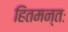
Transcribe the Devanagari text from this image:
हितमन्तः